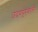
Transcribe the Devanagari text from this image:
उदयपुरवाली